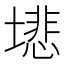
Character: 𫮦